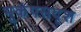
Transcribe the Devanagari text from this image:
भूकंपसदृश